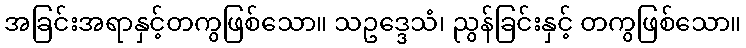
အခြင်းအရာနှင့်တကွဖြစ်သော။ သဥဒ္ဒေသံ၊ ညွန်ခြင်းနှင့် တကွဖြစ်သော။